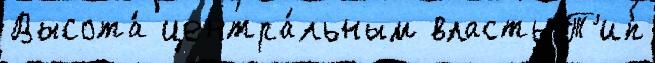
Высота́ центра́льным власть Т'ип